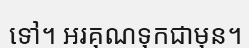
ទៅ។ អរគុណទុកជាមុន។